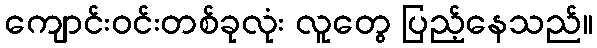
ကျောင်းဝင်းတစ်ခုလုံး လူတွေ ပြည့်နေသည်။